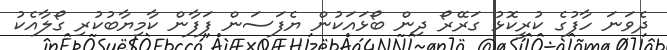
ދެވަނަ ހާފުގެ ކުރީކޮޅު ގަރޭރޯ ދިން ބޯޅައަކުން ޔެފަސަން ފަފާން ކާމިޔާބުކުރި ގޯލާއެކު